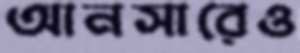
আনসারেও